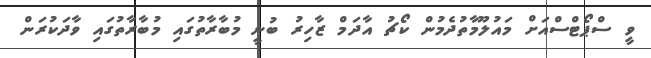
ވީ ސްޕޯޓްސްއަށް މައުލޫމާތުދެމުން ކޯޗު އާދަމް ޒާހިރު ބުނީ މުބާރާތުގައި މުބާރާތުގައި ވާދަކުރަން